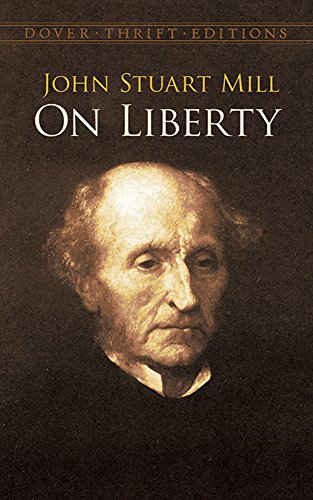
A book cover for On Liberty (Dover Thrift Editions); John Stuart Mill; Literature & Fiction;